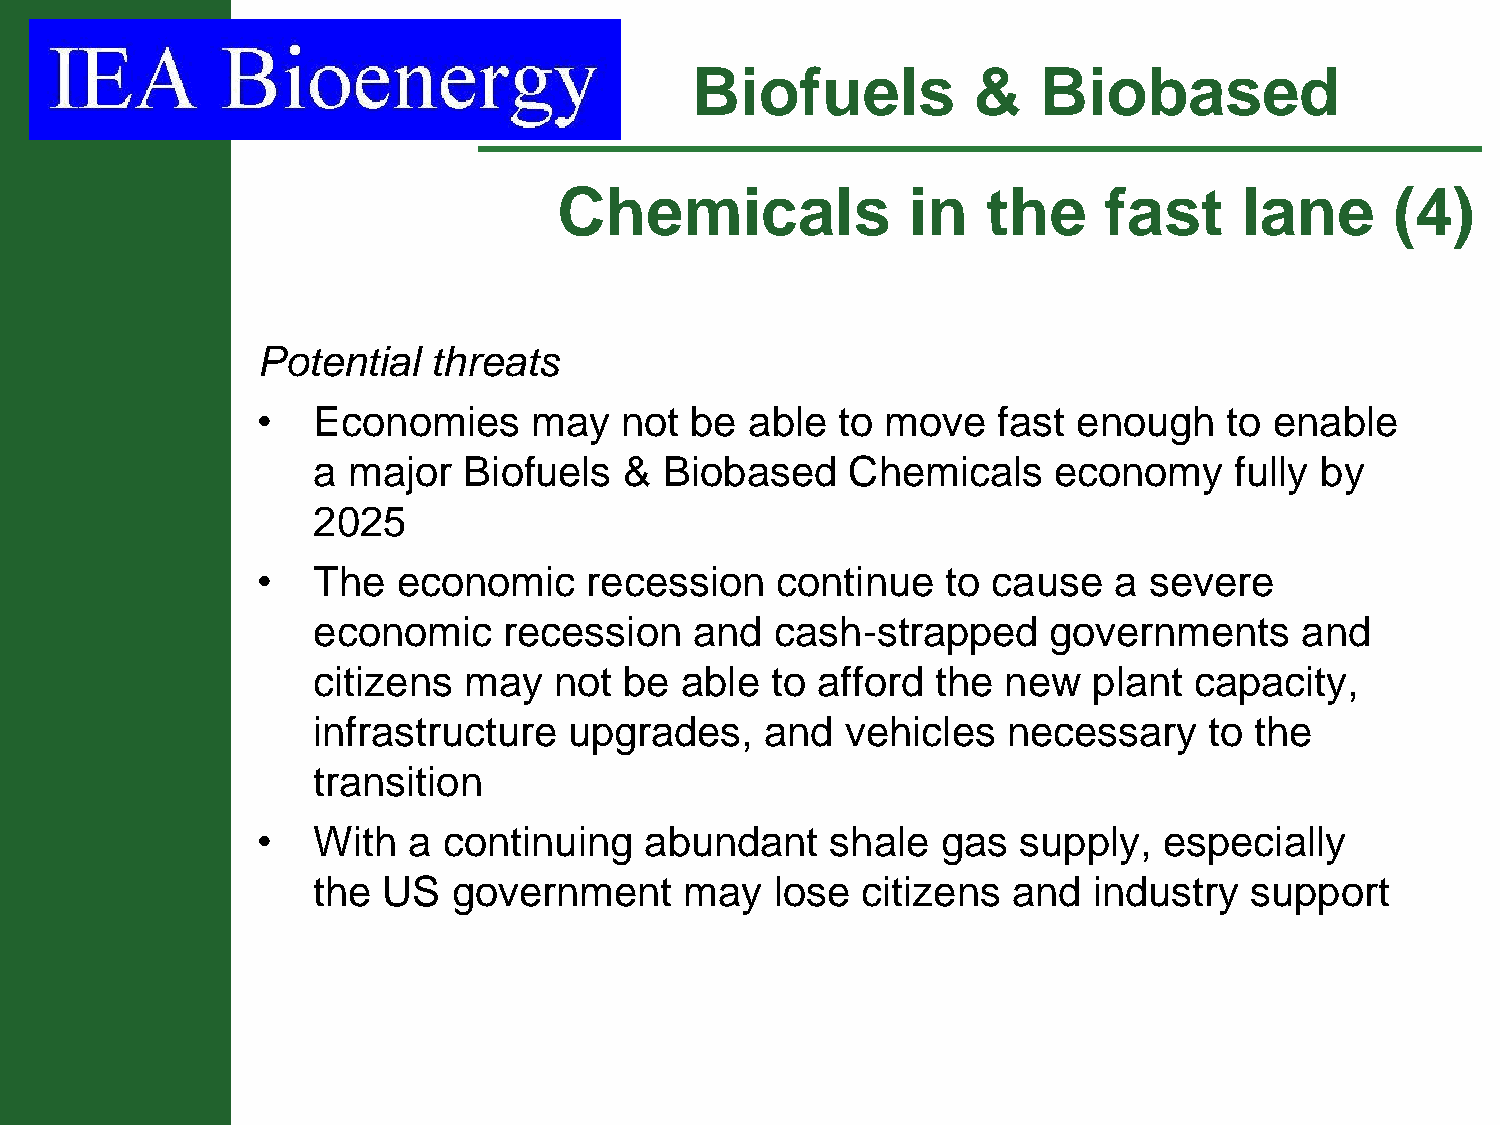
Biofuels          &    Biobased
 Chemicals              in   the     fast     lane      (4)
 Potential   threats
 •   Economies     may   not  be  able  to move   fast enough    to enable
 a major   Biofuels  &  Biobased    Chemicals     economy     fully by
 2025
 •   The  economic     recession   continue    to cause   a severe
 economic    recession    and  cash-strapped     governments      and
 citizens  may   not be  able  to afford  the  new  plant  capacity,
 infrastructure   upgrades,    and  vehicles   necessary    to the
 transition
 •   With  a continuing    abundant    shale  gas  supply,   especially
 the US   government     may   lose  citizens  and  industry   support